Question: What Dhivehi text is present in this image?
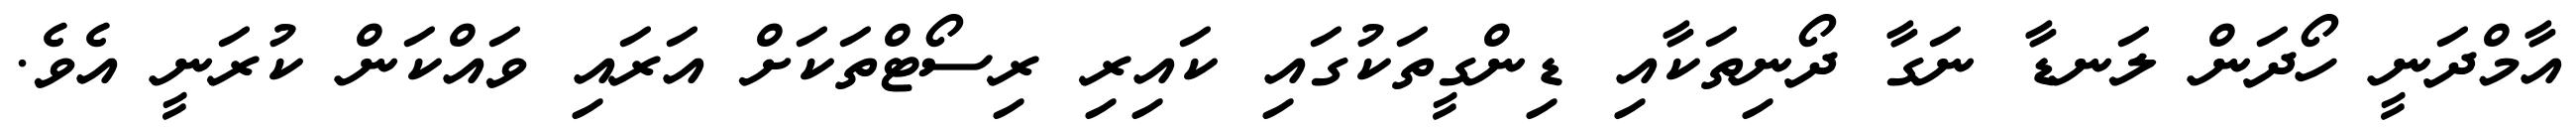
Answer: އާމްދަނީ ހޯދަން ލަނޑާ ނަގާ ދޯނިތަކާއި ޑިންގީތަކުގައި ކައިރި ރިސޯޓްތަކަށް އަރައި ވައްކަން ކުރަނީ އެވެ.